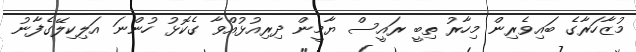
މުޒާހަރާގެ ބައިވެރިން މިހާރު ތިބީ ރައީސް ޔާމީން ދިރިއުޅުއްވާ ގެކޮޅު ހުންނަ އަލިކިލޭގެފާނު